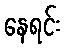
နေရင်း